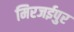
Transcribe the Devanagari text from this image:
मिरजईपुर